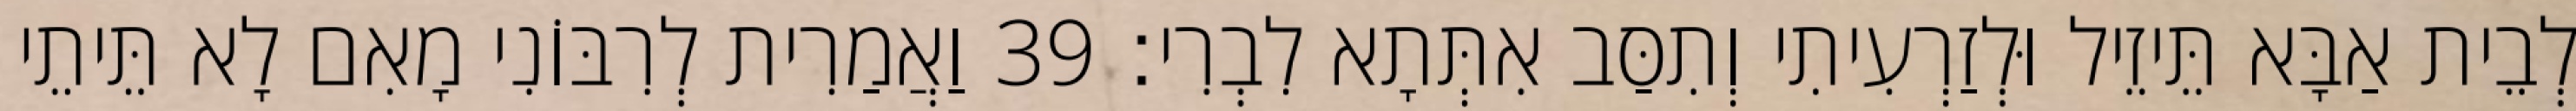
לְבֵית אַבָּא תֵּיזֵיל וּלְזַרְעִיתִי וְתִסַּב אִתְּתָא לִבְרִי׃ 39 וַאֲמַרִית לְרִבּוֹנִי מָאִם לָא תֵּיתֵי